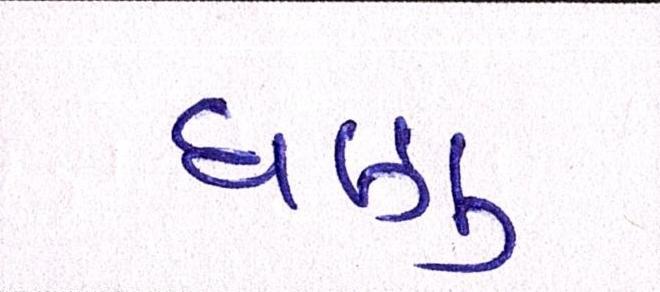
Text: ઘણુ